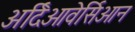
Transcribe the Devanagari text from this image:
अर्दिओवेर्सिओन